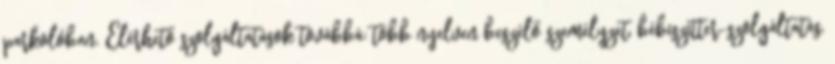
parkolóban. Elérhető szolgáltatások továbbá: több nyelven beszélő személyzet, bébiszitter-szolgáltatás,